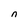
Character: n